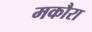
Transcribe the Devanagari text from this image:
मकौरा